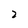
Character: 2